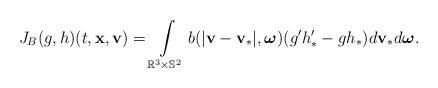
LaTeX: \begin{align*} J_{B}(g,h)(t,\mathbf{x},\mathbf{v})=\int\limits_{\mathbb{R}^{3}\times \mathbb{S}^{2}}b(|\mathbf{v }-\mathbf{v}_{\ast }|,\boldsymbol{\omega })(g^{\prime }h_{\ast }^{\prime }-gh_{\ast })d\mathbf{v}_{\ast }d\boldsymbol{\omega }. \end{align*}